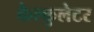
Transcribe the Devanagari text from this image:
कैल्कुलेटर